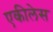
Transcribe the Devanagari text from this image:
एकीलेस